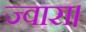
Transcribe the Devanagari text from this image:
ज्वारा।